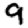
Digit: 9